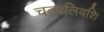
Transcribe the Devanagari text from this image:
चल्वलिवशि